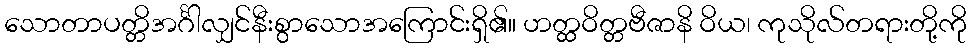
သောတာပတ္တိအင်္ဂါလျှင်နီးစွာသောအကြောင်းရှိ၏။ ဟတ္ထဝိတ္တဗီဇာနိ ဝိယ၊ ကုသိုလ်တရားတို့ကို